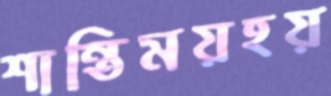
শান্তিময়হয়